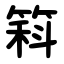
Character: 䈖